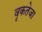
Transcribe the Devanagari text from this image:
वृकतेजा